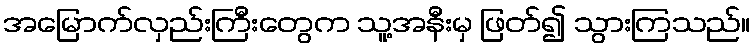
အမြောက်လှည်းကြီးတွေက သူ့အနီးမှ ဖြတ်၍ သွားကြသည်။